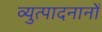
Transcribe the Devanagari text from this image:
व्युत्पादनानों